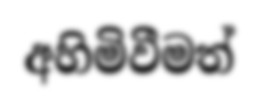
අහිමිවීමත්